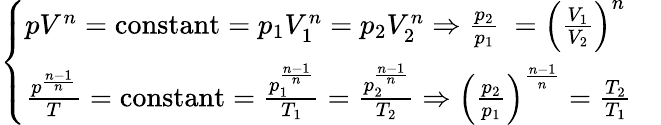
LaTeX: {\left\{ \begin{array}{ll}{pV^{n}={\mathrm{constant}}=p_{1}V_{1}^{n}=p_{2}V_{2}^{n}\Rightarrow{\frac{p_{2}}{p_{1}}}\ =\left({\frac{V_{1}}{V_{2}}}\right)^{n}}&\\ {{\frac{p^{\frac{n-1}{n}}}{T}}={\mathrm{constant}}={\frac{p_{1}^{\frac{n-1}{n}}}{T_{1}}}={\frac{p_{2}^{\frac{n-1}{n}}}{T_{2}}}\Rightarrow\left({\frac{p_{2}}{p_{1}}}\right)^{\frac{n-1}{n}}={\frac{T_{2}}{T_{1}}}}&\end{array}\right.}